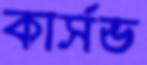
কার্সভ